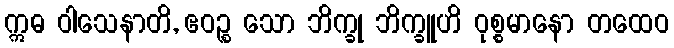
ဣဓ ဝါသေနာတိ, ဧဝဉ္စ သော ဘိက္ခု ဘိက္ခူဟိ ဝုစ္စမာနော တထေဝ